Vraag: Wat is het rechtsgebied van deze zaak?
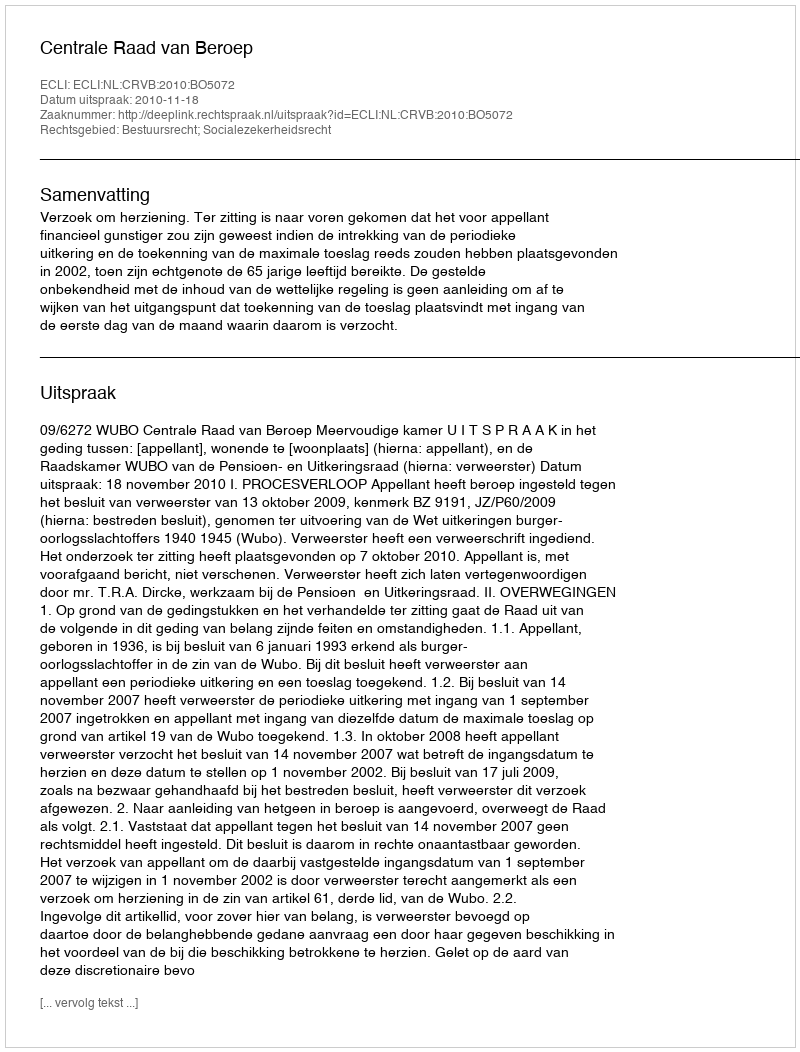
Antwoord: Bestuursrecht; Socialezekerheidsrecht